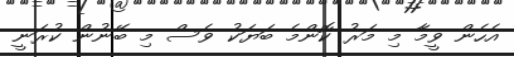
އެހެން ވީމާ މި މަރު ކޮންމެ ބަޔަކު ވެސް މި ބޭނުން ކުރަނީ